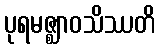
ပုရမဇ္ဈာဝသိဿတိ